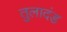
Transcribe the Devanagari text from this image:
तुलादंड